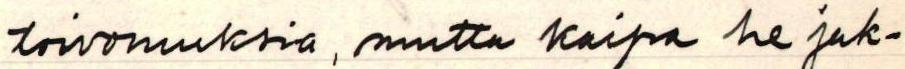
toivomuksia, mutta kaipa he jak-